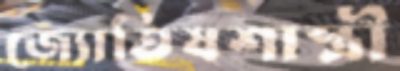
জ্যোতিষশাস্ত্রী